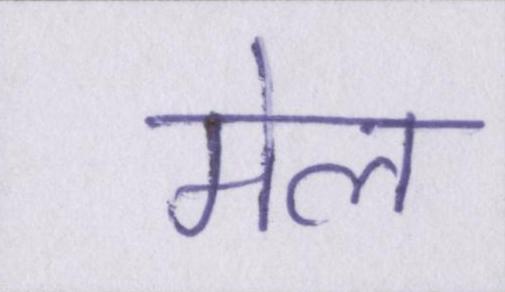
मेल